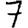
Digit: 7